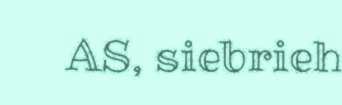
AS, siebrieh